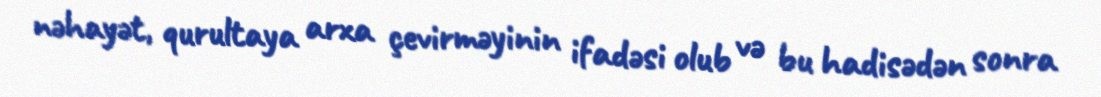
nəhayət, qurultaya arxa çevirməyinin ifadəsi olub və bu hadisədən sonra